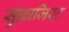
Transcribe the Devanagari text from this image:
सुफ्राजिस्ट